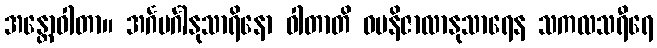
အန္တောဝါတာ။ အင်္ဂမင်္ဂါနုသာရိနော ဝါတာတိ ဓမနိဇာလာနုသာရေန သကလသရီရေ